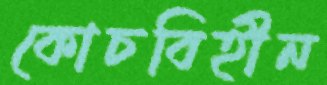
কোচবিহীন